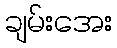
ချမ်းအေး